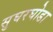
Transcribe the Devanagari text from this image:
सुघरघोडा